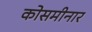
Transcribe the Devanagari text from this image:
कोसमीनार